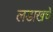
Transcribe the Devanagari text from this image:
लडाखचे